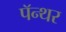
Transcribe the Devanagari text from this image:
पॅन्थर